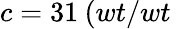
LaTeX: c=31\: (wt/wt\